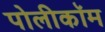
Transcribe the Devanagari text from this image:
पोलीकॉम